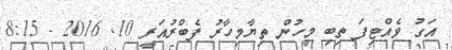
އަގު ވެއްޓިފަ ތިބި މީހުން ތިޔާމިހާރު ފެބްރުއަރީ 10